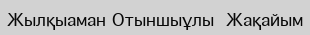
Жылқыаман Отыншыұлы  Жақайым